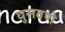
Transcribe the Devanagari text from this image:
घुसवणे